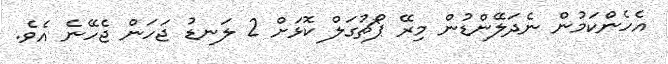
އެހެންކަމުން ނެދަލޭންޑުން މިރޭ ޕޯޗުގަލް ކޮޅަށް 2 ލަނޑު ޖަހަން ޖެހޭނެ އެވެ.